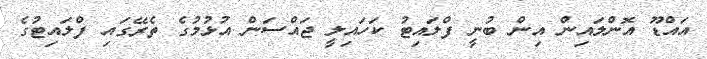
އަައްޑޫ އޮންލައިން އިން ބުނީ ފްލައިޓު ކަހައިލީ ޖައްސަން އުޅުމުގެ ތެރޭގައި ފްލައިޓުގެ